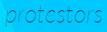
protestors